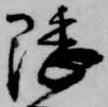
隈